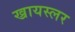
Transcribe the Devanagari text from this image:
ख्रायस्लर